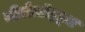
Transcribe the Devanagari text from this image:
मीरोज़ॉइट्स